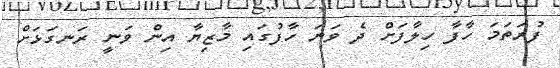
ފުރަތަމަ ހާފާ ހިލާފަށް ދެ ވަނަ ހާފުގައި މާޒިޔާ އިން ވަނީ ރަނގަޅަށް